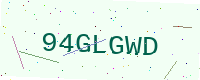
Text: 94GLGWD